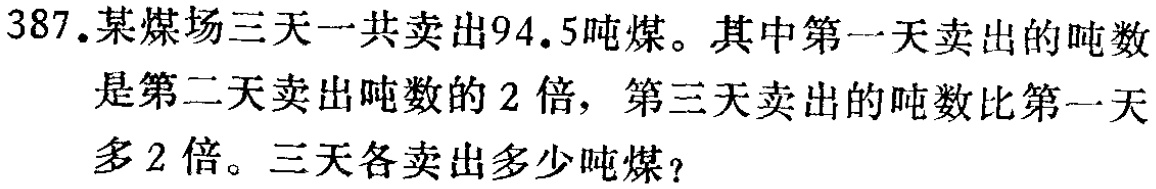
387.某煤场三天一共卖出94.5吨煤。其中第一天卖出的吨数是第二天卖出吨数的2倍，第三天卖出的吨数比第一天多2倍。三天各卖出多少吨煤？